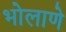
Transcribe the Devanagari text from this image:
भोलाणे